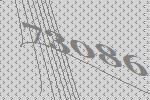
73086